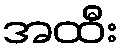
အထီး